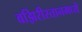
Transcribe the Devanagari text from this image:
वझिरीस्तानमध्ये